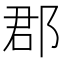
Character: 郡